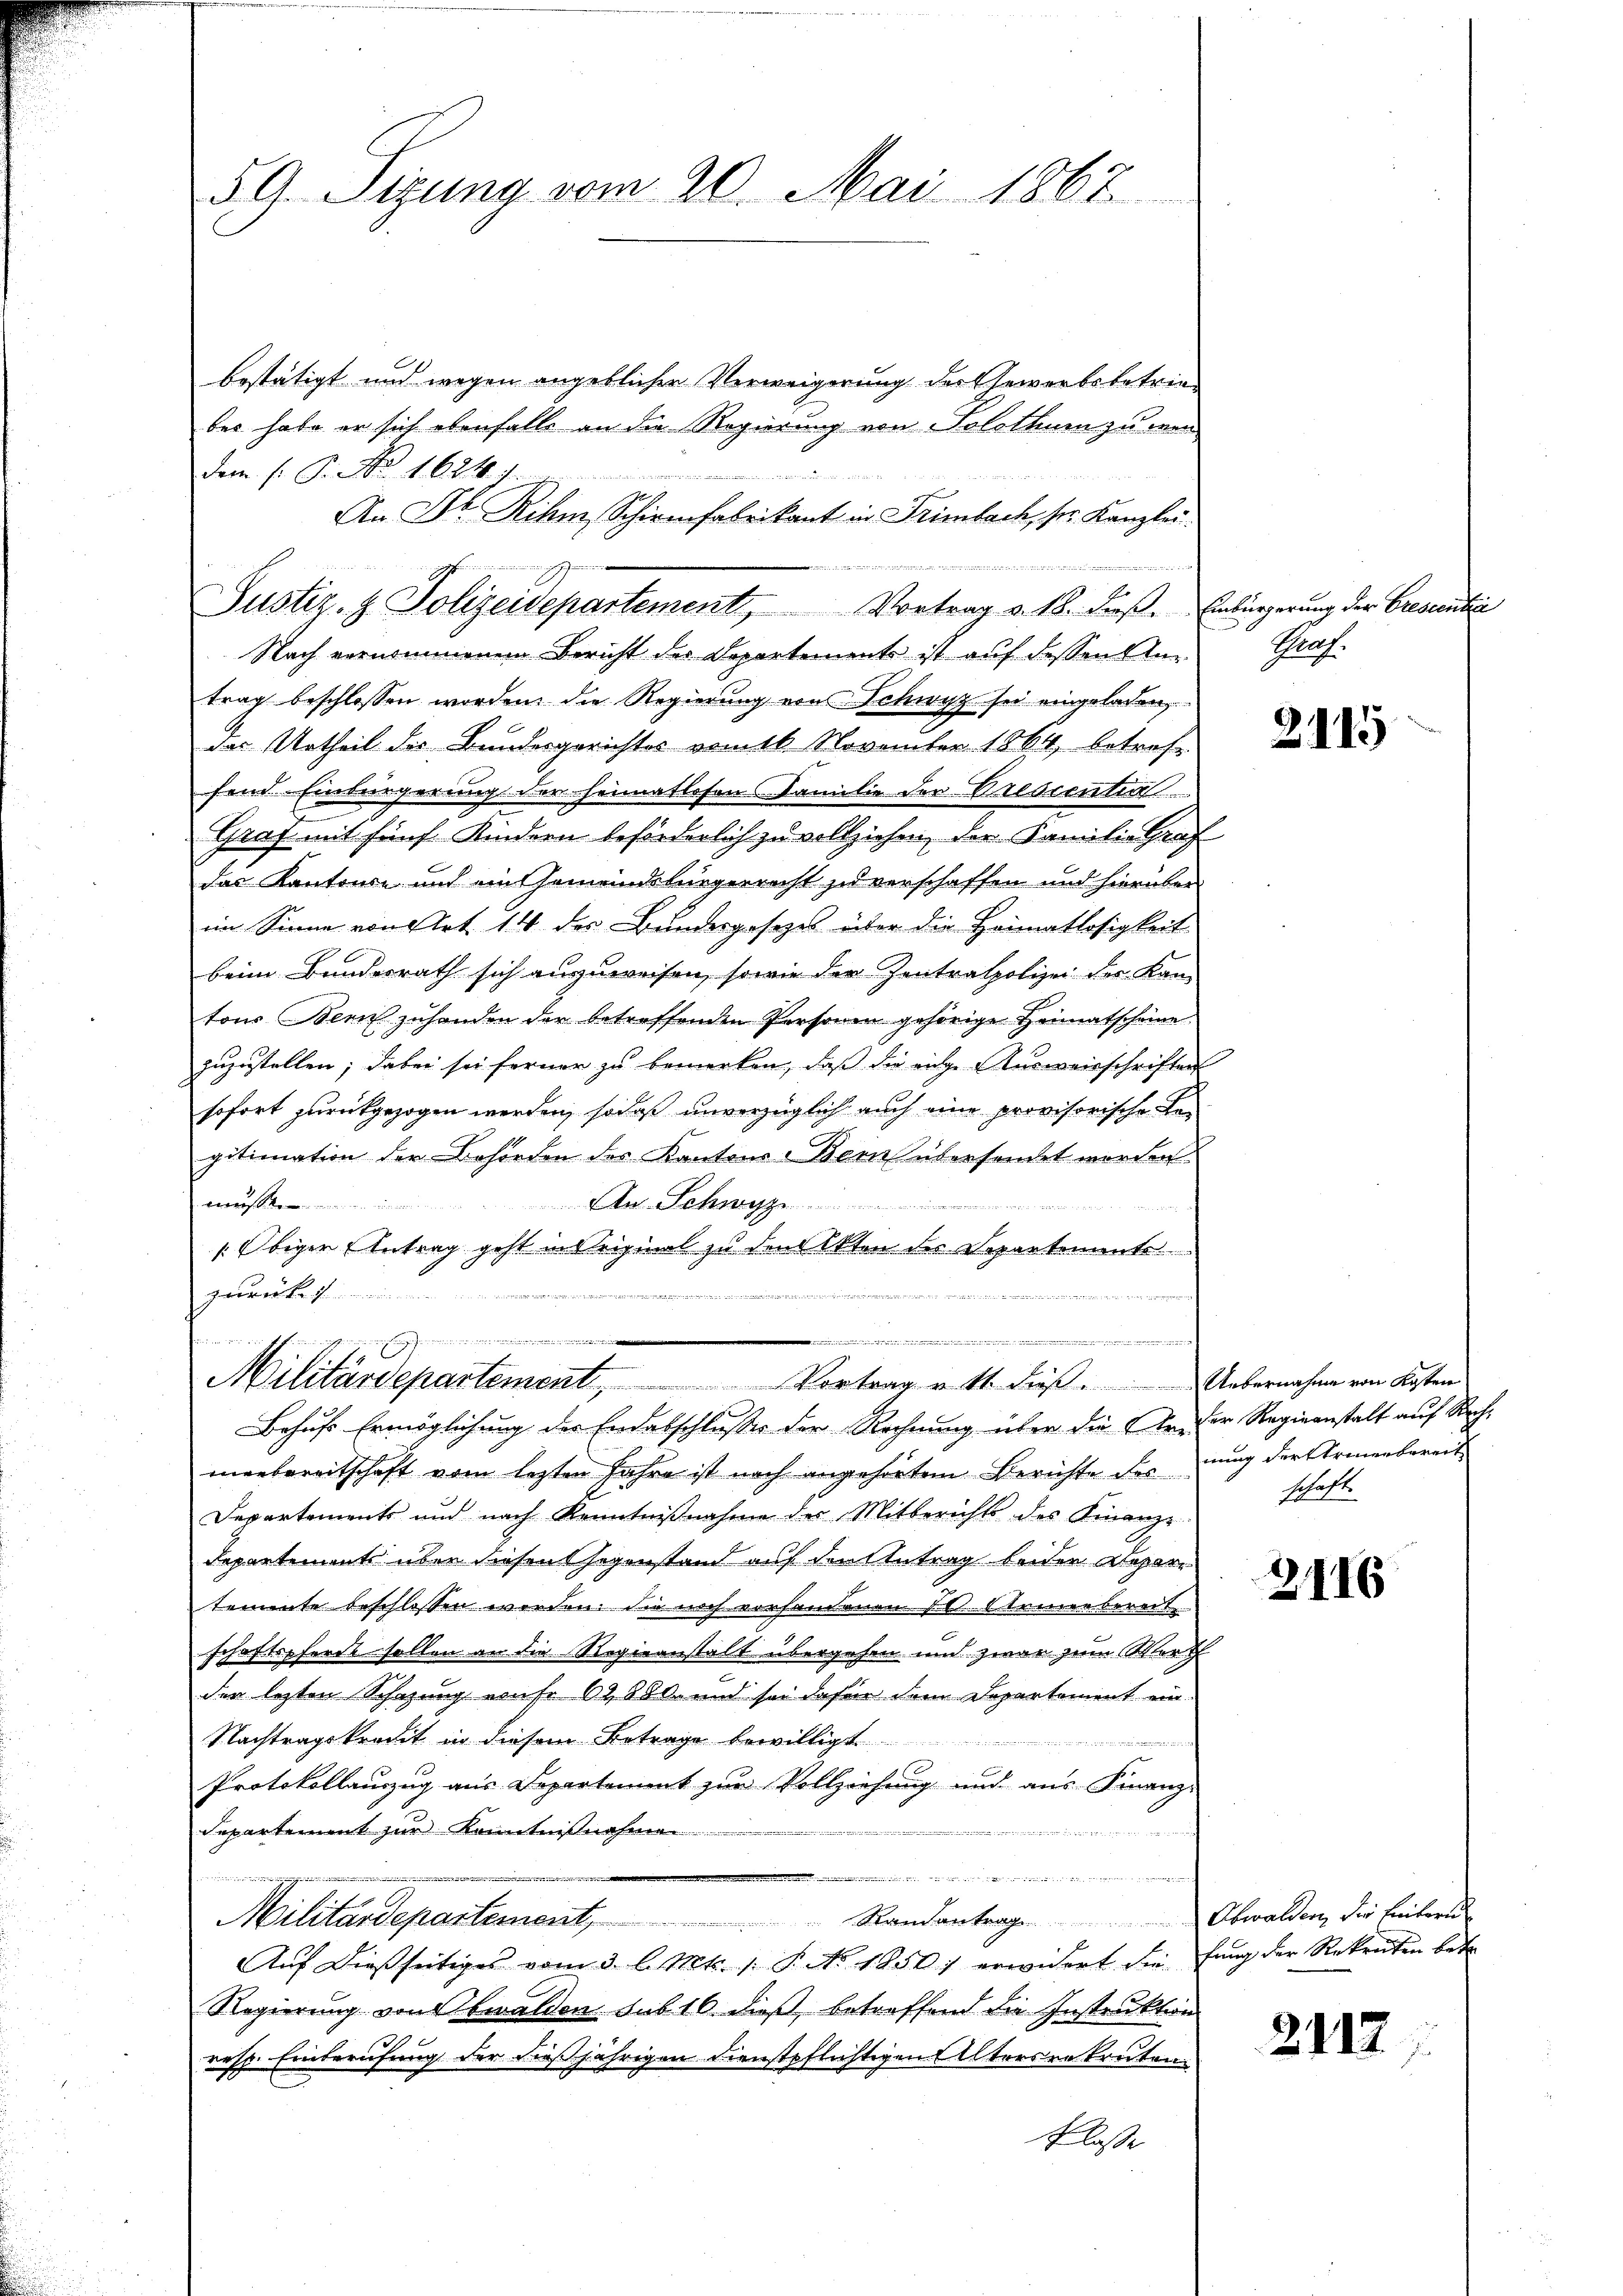
59. Sizung vom 20. Mai 1867

bestätigt und wegen angeblicher Verweigerung der Gewerbsbetrieber habe er sich ebenfalls an die Regierung von Solothum zu wen
dem (: P. No 1624
n
Nach vernommenen Bericht der Departement ist auf dessen Anz
trag beschlossen worden, die Regierung von Schwyz sei eingeladen,
das Urtheil des Bundesgerichtes vom 16. November 1864, betrofe
fend Einbürgerung der heimatlosen Familie der Prescenti
Graf mit fünf Kindern beförderlich zu vollziehen, der Familie Graf
das Kantonen und ein Gemeindsbürgerricht zu verschaffen und hierüber
im Sinne von Art 14 des Bundesgesetzes über die Heimatlosigkeit
beim Bundesrath sich auszuweisen, sowie der Zentralpolizei der Kam
tons Bern zuhanden der betreffenden Personen gehörige Heimatscheine
zuzustellen; dabei sei ferner zu bemerken, daß die niche Ausweisschriften
sofort zurückgezogen werden, sodaß unverzüglich auch eine provisorische Begitimation der Behörden des Kantons-Bern übersendet worden
An-Schwyz
mes

Obiger Antrag geht in Original zu druckten der Separtements
1417
zurück
2
e
...........................................................
Militärdepartement, Vortrag v. M. dieβ. Uebernahme von Kosten
Behufs Ermöglichung des Endebschlusser der Rechnung über die reder Regiernstalt auf Rechmenbereitschaft vom lezten Jahre ist noch angehörtem Berichte des nung der Armenbereit
Departements und nach Kenntniβnahme der Mitberichts des Finanze
Departements über diesen Gegenstand auf den Antrag beider Repart
temente beschlossen werden. Die noch vorhandenem L. Steiner bereit
schaftspferde sollen an die Regieanstalt übergehen und zwar zum Werk
den lezten Schazung unfr 62800. und sei dafür dem Departement ein
Nachtragskredit in diesem Betrage bewilligt
Protokollauszug aus Departement zur Vollziehung und aus Finanz-
Separtement zur Kenntnißnahme
.
inter wider in gewe
ing
Militärdepartement, Randantrage Obwalden, die Einteru
Aŭf dießseitiges vom 3. l. Mts. 1. P. No. 1950) erwidert die fung der Rekruten betr
Regierung von Obwalden sub 10 dieß, betreffend die Instruktion
resp. Einberufung der dießjährigen Dienstpflichtigen Altersrekruten.
Klasse

An Dr. Rihm, Schirmfabrikant in Trimbach, ser Kanzlei.
Justiz- & Polizeidepartement, Vortrag v. 18. dieβ. Einbürgerung der Gresentie

Prof.

2115

schaft.

2116

2117